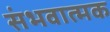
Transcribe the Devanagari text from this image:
संभवात्मक